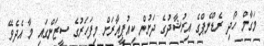
މަގާމް ހޯދި ރެޑްނެޕްގެ އިރުޝާދުގެ ދަށުން ކިއުޕީއާރަށް މިފަހަރުގެ ސީޒަންގައި މާ އެދެވޭ